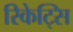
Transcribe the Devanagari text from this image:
रिकेट्सि